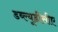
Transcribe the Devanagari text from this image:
डब्ल्यूडीसीए